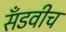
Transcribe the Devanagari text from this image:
सँडवीच